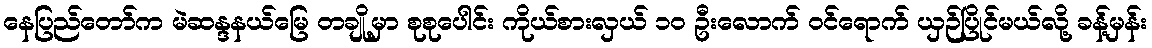
နေပြည်တော်က မဲဆန္ဒနယ်မြေ တချို့မှာ စုစုပေါင်း ကိုယ်စားလှယ် ၁၀ ဦးလောက် ဝင်ရောက် ယှဉ်ပြိုင်မယ်လို့ ခန့်မှန်း